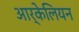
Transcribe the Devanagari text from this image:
आर्केलियन